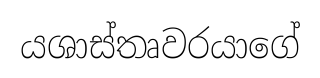
යශාස්තෘවරයාගේ